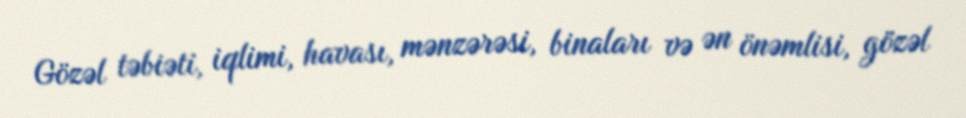
Gözəl təbiəti, iqlimi, havası, mənzərəsi, binaları və ən önəmlisi, gözəl